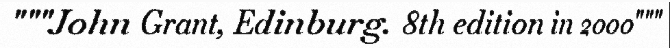
"""John Grant, Edinburg. 8th edition in 2000"""